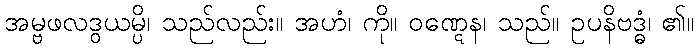
အမ္ဗဖလဒွယမ္ပိ၊ သည်လည်း။ အဟံ၊ ကို။ ဝဏ္ဋေန၊ သည်။ ဥပနိဗဒ္ဓံ၊ ၏။